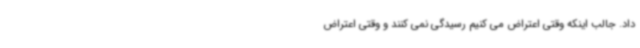
داد. جالب اینکه وقتی اعتراض می کنیم رسیدگی نمی کنند و وقتی اعتراض